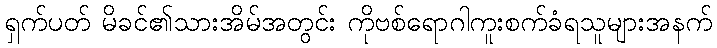
ရှက်ပတ် မိခင်၏သားအိမ်အတွင်း ကိုဗစ်ရောဂါကူးစက်ခံရသူများအနက်